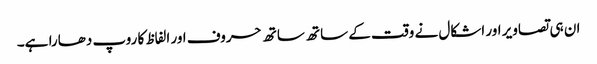
ان ہی تصاویر اور اشکال نے وقت کے ساتھ ساتھ حروف اور الفاظ کا روپ دھارا ہے۔